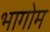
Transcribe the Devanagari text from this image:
भागोम